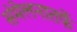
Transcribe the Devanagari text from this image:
संमेलनातर्फे